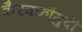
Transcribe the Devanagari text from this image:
कैरवकौमुदी